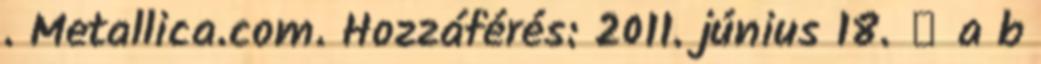
. Metallica.com. Hozzáférés: 2011. június 18. ↑ a b